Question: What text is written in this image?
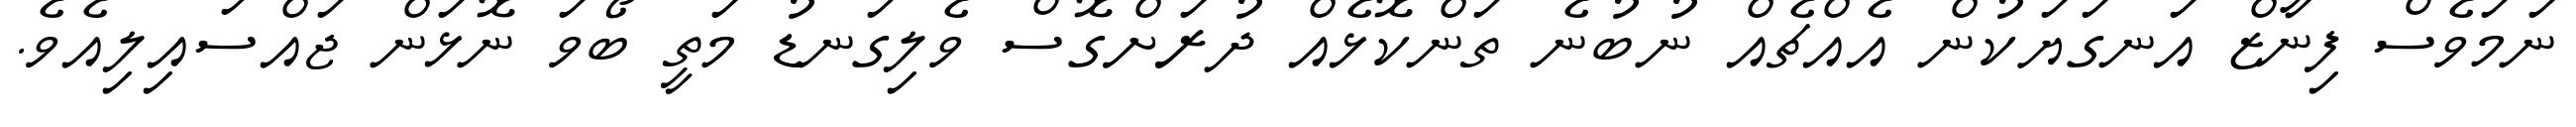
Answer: ނަމަވެސް ފިނާޒް އަނގަޔަކުން އެއްޗެއް ނުބުނެ ތަންކޮޅެއް ދުރަށްގޮސް ވެލިގަނޑު މަތީ ބޯވަ ނޮޅަން ޖައްސައިލިއެވެ.